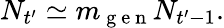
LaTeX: N_{t^{\prime}}\simeq m_{\mathrm{~g~e~n~}}N_{t^{\prime}-1}.